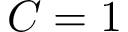
C = 1